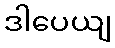
ဒါပေယျ